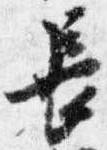
長